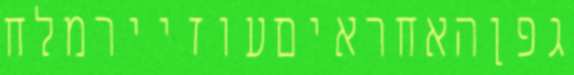
גפןהאחראיםעוזיירמלח